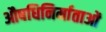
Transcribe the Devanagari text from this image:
औषधिनिर्माताओं